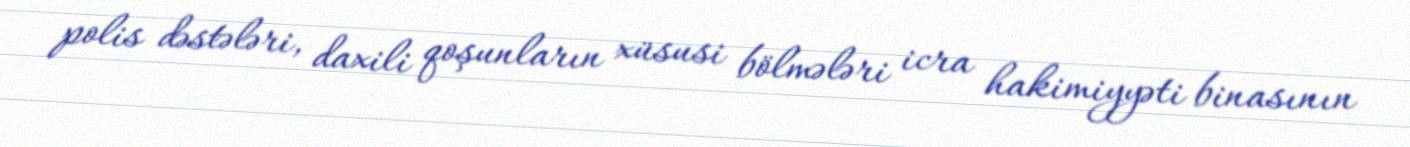
polis dəstələri, daxili qoşunların xüsusi bölmələri icra hakimiyyəti binasının